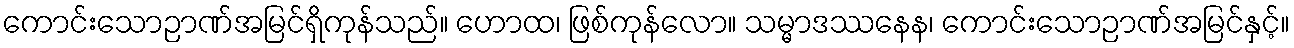
ကောင်းသောဉာဏ်အမြင်ရှိကုန်သည်။ ဟောထ၊ ဖြစ်ကုန်လော။ သမ္မာဒဿနေန၊ ကောင်းသောဉာဏ်အမြင်နှင့်။